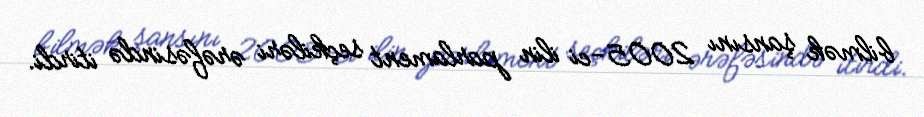
bilmək şansını 2005-ci ilin parlament seçkiləri ərəfəsində itirdi.